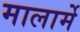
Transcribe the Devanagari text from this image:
मालार्मे